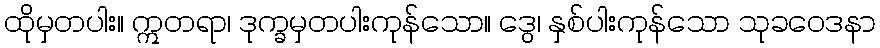
ထိုမှတပါး။ ဣတရာ၊ ဒုက္ခမှတပါးကုန်သော။ ဒွေ၊ နှစ်ပါးကုန်သော သုခဝေဒနာ